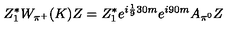
Z _ { 1 } ^ { * } W _ { \pi ^ { + } } ( K ) Z = Z _ { 1 } ^ { * } e ^ { i \frac 1 9 3 0 m } e ^ { i 9 0 m } A _ { \pi ^ { 0 } } Z